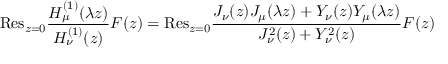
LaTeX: { \mathrm { R e s } } _ { z = 0 } \frac { H _ { \mu } ^ { ( 1 ) } ( \lambda z ) } { H _ { \nu } ^ { ( 1 ) } ( z ) } F ( z ) = { \mathrm { R e s } } _ { z = 0 } \frac { J _ { \nu } ( z ) J _ { \mu } ( \lambda z ) + Y _ { \nu } ( z ) Y _ { \mu } ( \lambda z ) } { J _ { \nu } ^ { 2 } ( z ) + Y _ { \nu } ^ { 2 } ( z ) } F ( z )